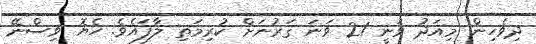
ދިވެހިން މިއަދު ވަނީ 21 ވަނަ ޤަރުނަށް ކުރިމަތި ލާފައެވެ. ހެޔޮ ވިސްނޭ